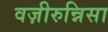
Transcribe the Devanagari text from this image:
वज़ीरुन्निसा